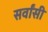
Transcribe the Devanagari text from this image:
सर्वांसी